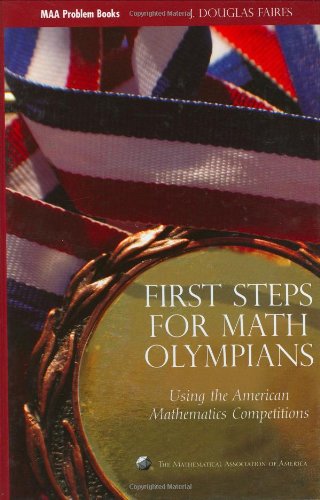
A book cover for First Steps for Math Olympians: Using the American Mathematics Competitions (Problem Books) (MAA Problem Book Series); J. Douglas Faires; Humor & Entertainment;